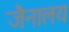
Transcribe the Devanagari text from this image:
जैनालय